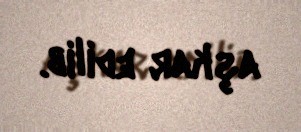
aşkar edilib.